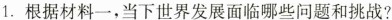
1.根据材料一，当下世界发展面临哪些问题和挑战?